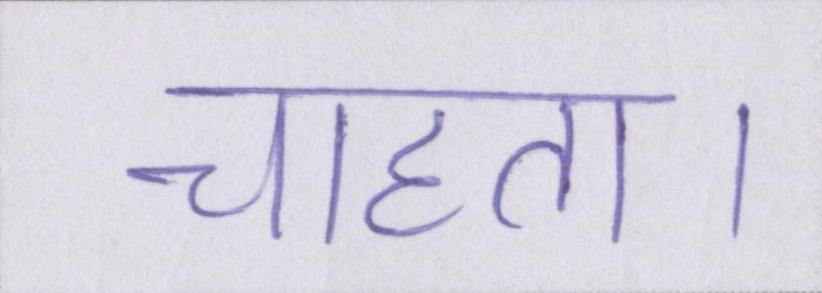
चाहता।